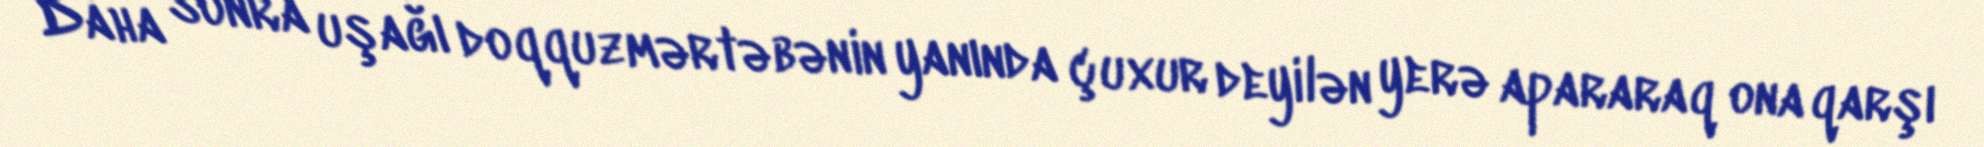
Daha sonra uşağı doqquzmərtəbənin yanında çuxur deyilən yerə apararaq ona qarşı